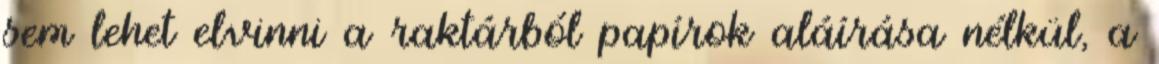
sem lehet elvinni a raktárból papírok aláírása nélkül, a